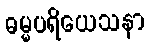
ဓမ္မပရိယေသနာ